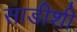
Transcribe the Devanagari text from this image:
साडीशी